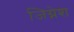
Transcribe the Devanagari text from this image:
जिग्नेश